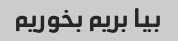
بیا بریم بخوریم